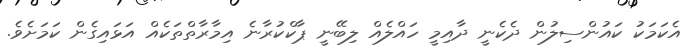
އެކަމަކު ކައުންސިލުން ދެކެނީ ދާއިމީ ހައްލެއް ލިބޭނީ ޕާކްކުރާނެ އިމާރާތްތަކެއް އަޅައިގެން ކަމަށެވެ.